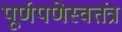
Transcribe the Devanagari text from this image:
पूर्णपणेस्वतंत्र